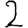
Digit: 2